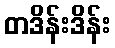
တဒိန်းဒိန်း